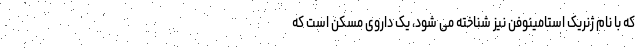
که با نام ژنریک استامینوفن نیز شناخته می شود، یک داروی مسکن است که